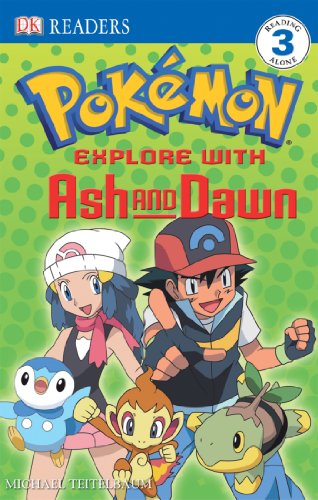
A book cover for Explore With Ash And Dawn! (Pokemon (DK Publishing)); BradyGames; Computers & Technology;